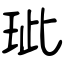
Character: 玼